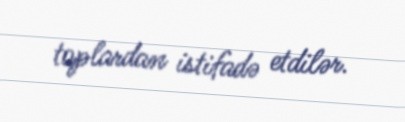
toplardan istifadə etdilər.